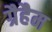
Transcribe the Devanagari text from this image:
ग्रैहैम